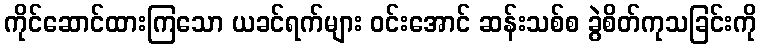
ကိုင်ဆောင်ထားကြသော ယခင်ရက်များ ဝင်းအောင် ဆန်းသစ်စ ခွဲစိတ်ကုသခြင်းကို